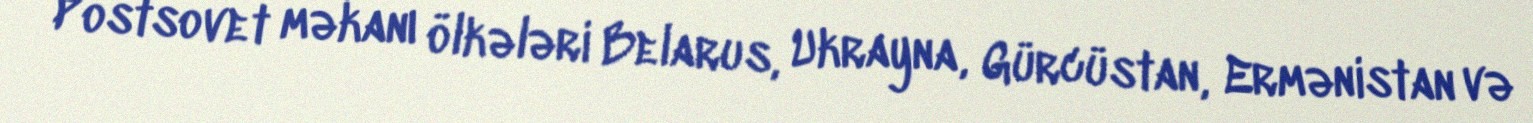
Postsovet məkanı ölkələri Belarus, Ukrayna, Gürcüstan, Ermənistan və